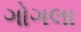
ગોગલા